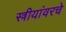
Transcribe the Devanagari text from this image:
स्त्रीयांवरचे